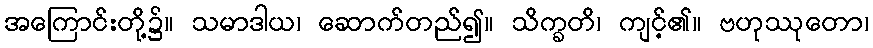
အကြောင်းတို့၌။ သမာဒါယ၊ ဆောက်တည်၍။ သိက္ခတိ၊ ကျင့်၏။ ဗဟုဿုတော၊